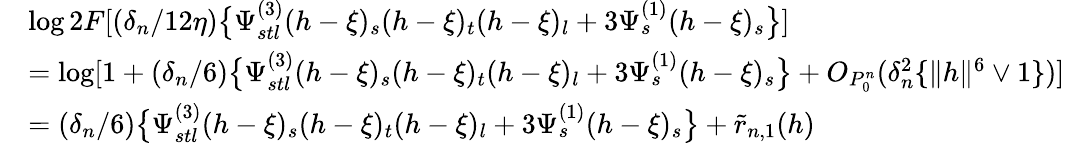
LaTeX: \begin{array}{rl}&{\log 2F[(\delta_{n}/12\eta)\big\lbrace\Psi_{stl}^{(3)}(h-\xi)_{s}(h-\xi)_{t}(h-\xi)_{l}+3\Psi_{s}^{(1)}(h-\xi)_{s}\big\rbrace]}\\ &{=\log[1+(\delta_{n}/6)\big\lbrace\Psi_{stl}^{(3)}(h-\xi)_{s}(h-\xi)_{t}(h-\xi)_{l}+3\Psi_{s}^{(1)}(h-\xi)_{s}\big\rbrace+O_{P_{0}^{n}}(\delta_{n}^{2}\{ \| h\| ^{6}\vee 1\} )]}\\ &{=(\delta_{n}/6)\big\lbrace\Psi_{stl}^{(3)}(h-\xi)_{s}(h-\xi)_{t}(h-\xi)_{l}+3\Psi_{s}^{(1)}(h-\xi)_{s}\big\rbrace+\tilde{r}_{n,1}(h)}\end{array}